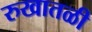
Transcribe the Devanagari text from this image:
रुखातळी